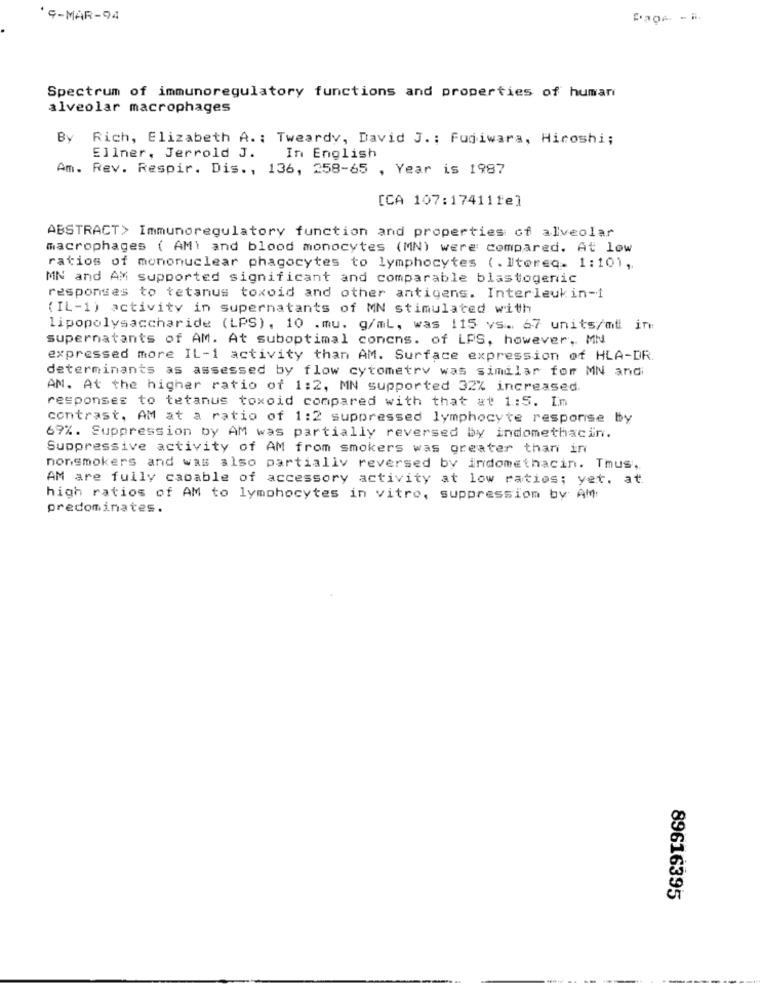
9-MAR-94
Spectrum of immunoregulatory functions and properties of human
alveolar macrophages
Bv
Rich, Elizabeth A .: Tweardy, David J .; Fujiwara, Hiroshi;
Ellner, Jerrold J.
In English
Am.
Rev. Respir. Dis ., 136, 258-65 , Year is 1987
[CA 107:17411fe]
ABSTRACT> Immunoregulatory function and properties of alveolar
macrophages ( AM) and blood monocytes (MN) were: compared. At low
ratios of mononuclear phagocytes to lymphocytes (. Itoreq. 1:10),
MN and AM supported significant and comparable blastogenic
responses to tetanus toxoid and other antigens. Interleukin-1
(IL -1) activity in supernatants of MN stimulated with
lipopolysaccharide (LPS), 10 .mu. g/ml, was 115 vs. 67 units/mt in:
supernatants of AM. At suboptimal concns. of LPS, however, MN
expressed more IL-1 activity than AM. Surface expression of HLA-DR.
determinants as assessed by flow cytometry was similar for MN and
AM. At the higher ratio of 1:2, MN supported 32% increased.
responses to tetanus toxoid compared with that at 1:5. Im
contrast, AM at a ratio of 1:2 suppressed lymphocyte response by
69%. Suppression by AM was partially reversed by indomethacin.
Suppressive activity of AM from smokers was greater than in
nonsmokers and was also partially reversed by indomethacin. Thus,
AM are fully capable of accessory activity at low ratios; yet. at.
high ratios of AM to lymphocytes in vitro, suppression by AM
predominates.
89616395
--